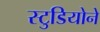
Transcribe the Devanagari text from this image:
स्टुडियोने